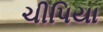
ચીપિયા